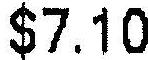
$7.10